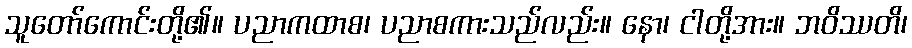
သူတော်ကောင်းတို့၏။ ပညာကထာစ၊ ပညာစကားသည်လည်း။ နော၊ ငါတို့အား။ ဘဝိဿတိ၊